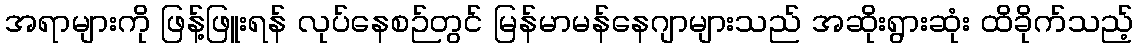
အရာများကို ဖြန့်ဖြူးရန် လုပ်နေစဉ်တွင် မြန်မာမန်နေဂျာများသည် အဆိုးရွားဆုံး ထိခိုက်သည့်